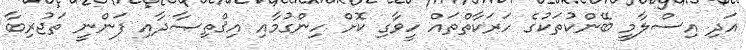
އަދި އިސްލާމީ ބޭންކުތަކުގެ ހަރަކާތްތައް ހީވާގި ކޮށް ހިންގުމާއި އިޤްތިޞާދާއި ފަންނީ ތަޖުރިބާ